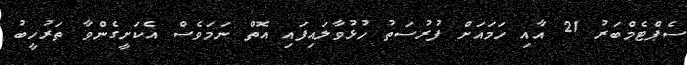
ސެޕްޓެމްބަރު 21 އާއި ހަމައަށް ފުރުސަތު ހުޅުވާލައިފައި އޮތް ނަމަވެސް އެކަށީގެންވާ ތަރުހީބު